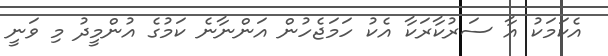
އެކަމަކު އާ ސަރުކާރަކާ އެކު ހަމަޖެހުން އަންނާނެ ކަމުގެ އުންމީދު މި ވަނީ